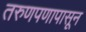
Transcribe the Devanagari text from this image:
तरुणपणापासून